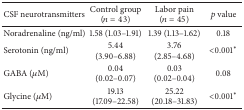
| CSF neurotransmitters | Control group (n = 43) | Labor pain (n = 45) | p value |
 | --- | --- | --- | --- |
 | Noradrenaline (ng/ml) | 1.58 (1.03–1.91) | 1.39 (1.13–1.62) | 0.18 |
 | Serotonin (ng/ml) | 5.44 (3.90–6.88) | 3.76 (2.85–4.68) | <0.001∗ |
 | GABA (μM) | 0.04 (0.02–0.07) | 0.03 (0.02–0.04) | 0.08 |
 | Glycine (μM) | 19.13 (17.09–22.58) | 25.22 (20.18–31.83) | <0.001∗ |